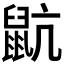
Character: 𪕇